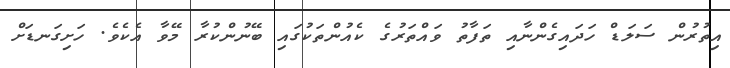
އިތުރުން ސަލަޑް ހަދައިގެންނާއި ތަފާތު ވައްތަރުގެ ކެއުންތަކުގައި ބޭނުންކުރާ މޭވާ އެކެވެ. ހަށިގަނޑަށް